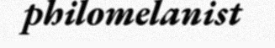
philomelanist